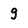
Character: 9